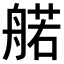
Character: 𫇜